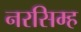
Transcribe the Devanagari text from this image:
नरसिम्ह